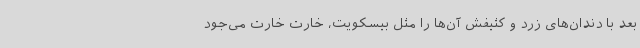
بعد با دندان‌های زرد و کثیفش آن‌ها را مثل بیسکویت، خارت خارت می‌جود